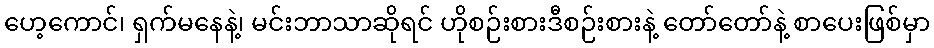
ဟေ့ကောင်၊ ရှက်မနေနဲ့၊ မင်းဘာသာဆိုရင် ဟိုစဉ်းစားဒီစဉ်းစားနဲ့ တော်တော်နဲ့ စာပေးဖြစ်မှာ